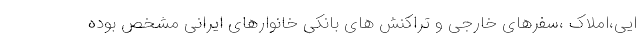
ایی،املاک ،سفرهای خارجی و تراکنش های بانکی خانوارهای ایرانی مشخص بوده